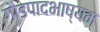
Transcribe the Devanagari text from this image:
गौडपादभाष्‍यम्